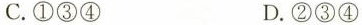
C.①③④ D.②③④